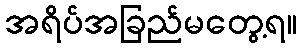
အရိပ်အခြည်မတွေ့ရ။